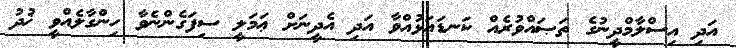
އަދި އިސްލާމްދީނުގެ ތަޞައްވުރެއް ކަނޑައަޅުއްވާ އަދި އެދީނަށް ޢަމަލީ ސިފަގެންނެވާ ހިންގާލެއްވީ ޚުދު